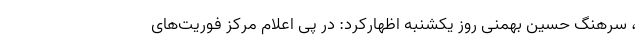
، سرهنگ حسین بهمنی روز یکشنبه اظهارکرد: در پی اعلام مرکز فوریت‌های